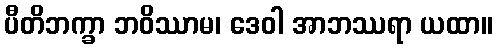
ပီတိဘက္ခာ ဘဝိဿာမ၊ ဒေဝါ အာဘဿရာ ယထာ။